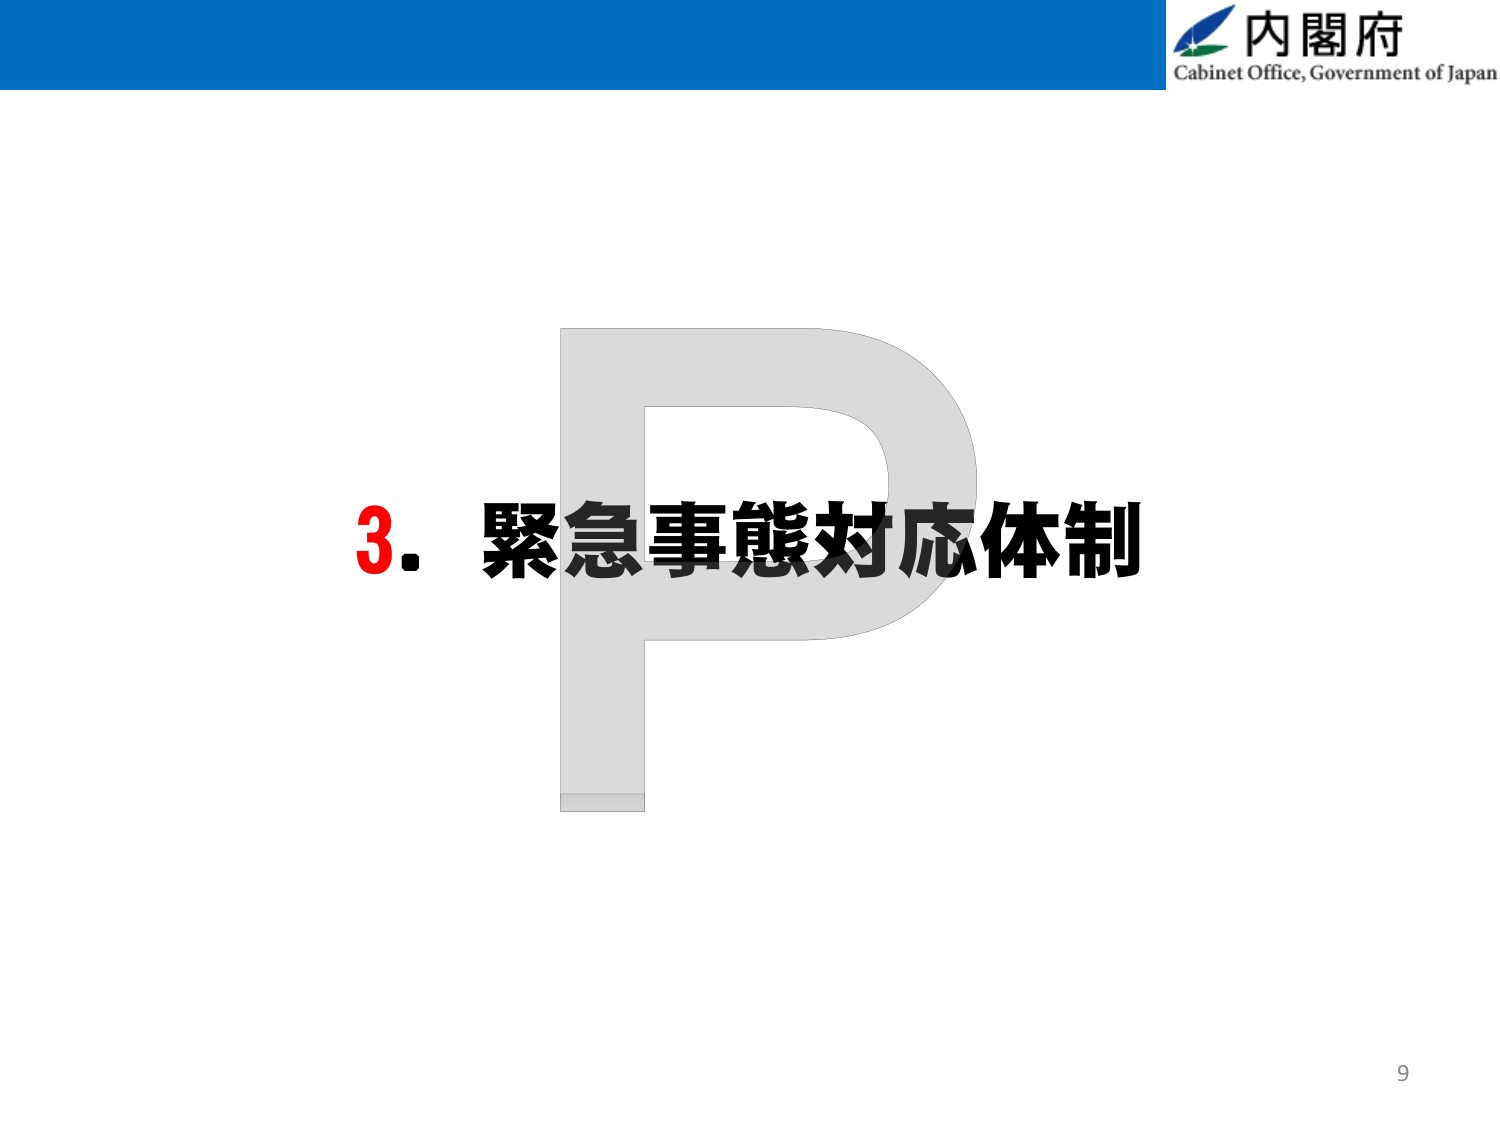
内閣府
Cabinet Office, Government of Japan
3. 緊急事態対応体制
9